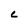
Character: C